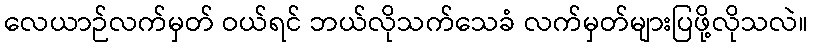
လေယာဉ်လက်မှတ် ဝယ်ရင် ဘယ်လိုသက်သေခံ လက်မှတ်များပြဖို့လိုသလဲ။